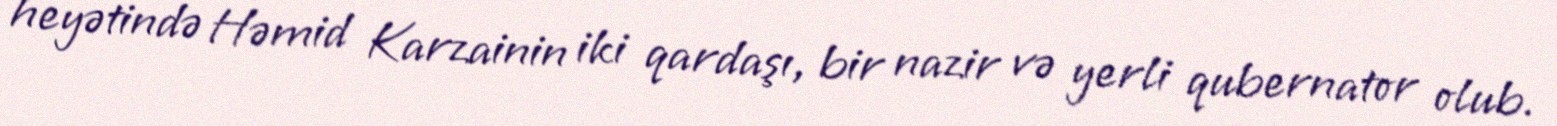
heyətində Həmid Karzainin iki qardaşı, bir nazir və yerli qubernator olub.